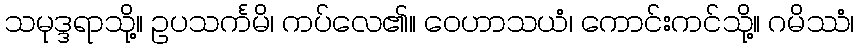
သမုဒ္ဒရာသို့။ ဥပသင်္ကမိ၊ ကပ်လေ၏။ ဝေဟာသယံ၊ ကောင်းကင်သို့။ ဂမိဿံ၊